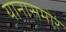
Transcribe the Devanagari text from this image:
यानासमोर